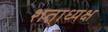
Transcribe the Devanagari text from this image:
शताध्यक्ष